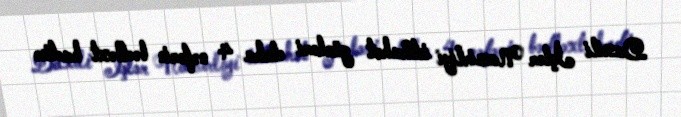
Daxili İşlər Nazirliyi istirahət günləri daha 4 nəfərin bədbəxt hadisə